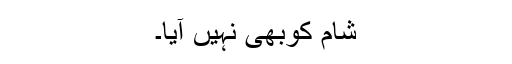
شام کوبھی نہیں آیا۔